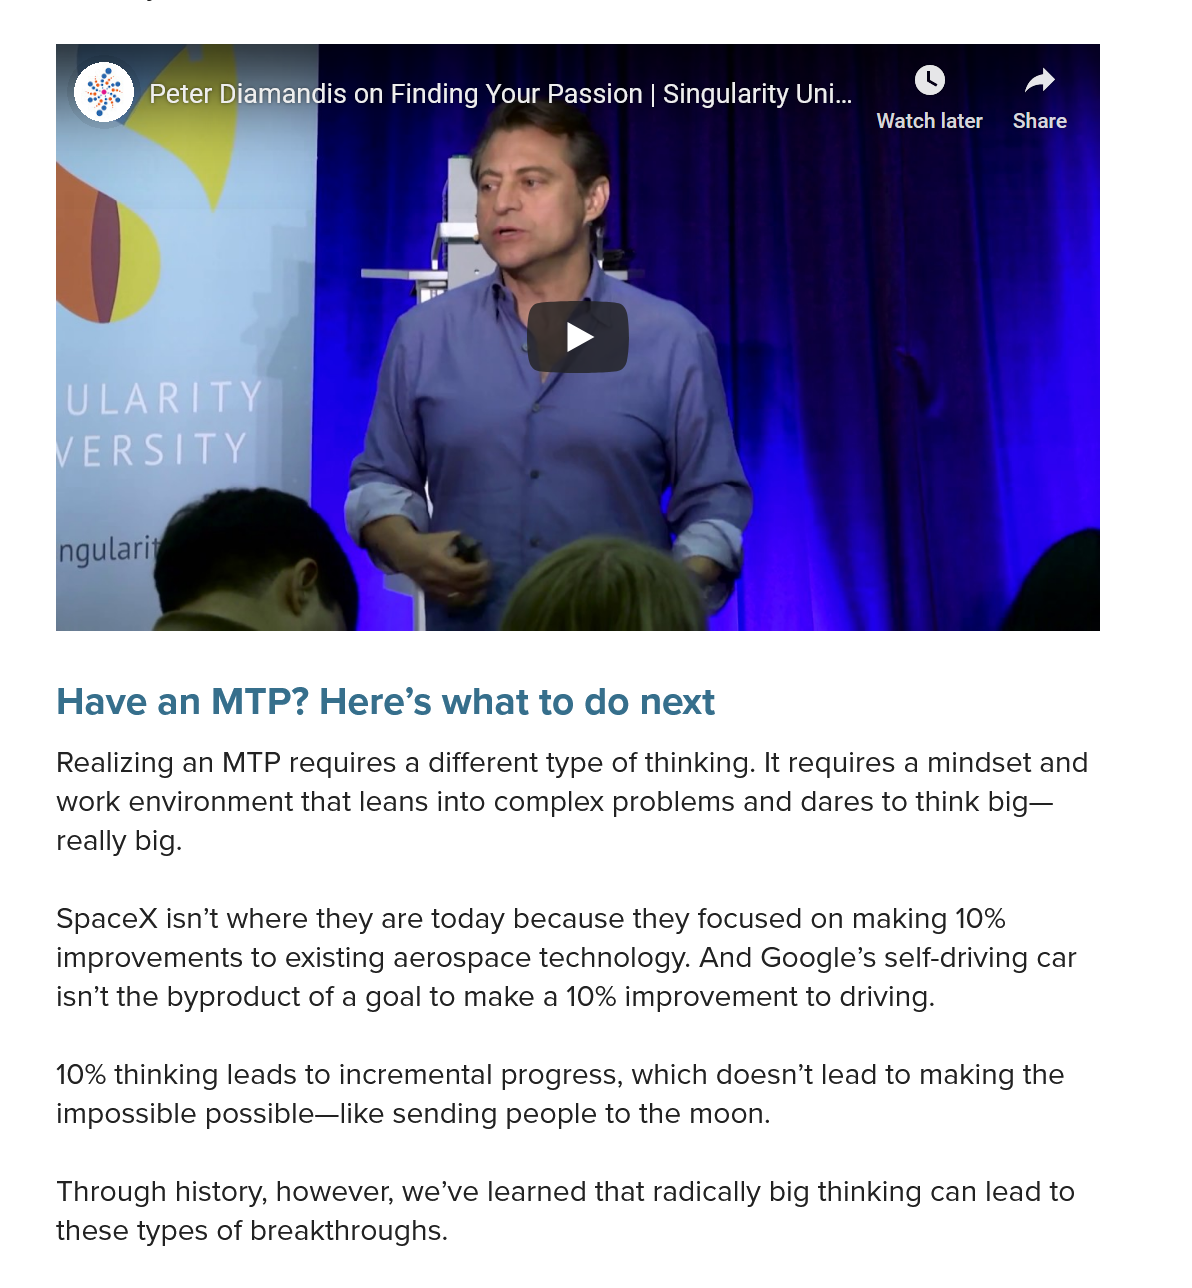
Diamandis on Finding Your Passion | Singularity Uni...
     A    ‘ad
     Watch later Share

     PrlCcle Diamandis on Finding Your Passion | Singularity Uni...
    Have   an  MTP?   Here’s  what to   do next
    Realizing an MTP requires a different type of thinking. It requires a mindset and
    work environment that leans into complex problems and dares to think big—
    really big.
    SpaceX  isn’t where they are today because they focused on making 10%
    improvements to existing aerospace technology. And Google’s self-driving car
    isn’t the byproduct of a goal to make a 10% improvement to driving.
    10% thinking leads to incremental progress, which doesn’t lead to making the
    impossible possible—like sending people to the moon.
    Through history, however, we’ve learned that radically big thinking can lead to
    these types of breakthroughs.